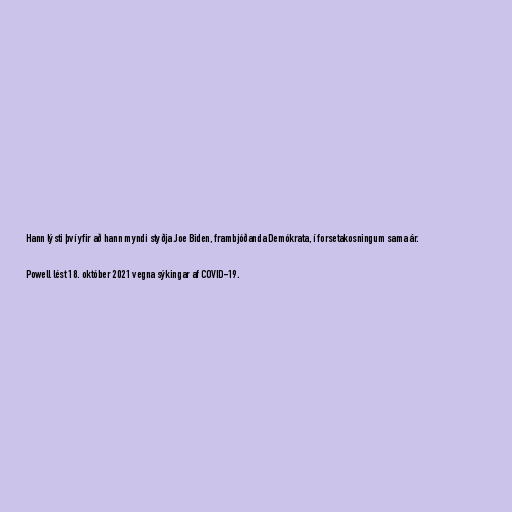
Hann lýsti því yfir að hann myndi styðja Joe Biden, frambjóðanda Demókrata, í forsetakosningum sama ár.

Powell lést 18. október 2021 vegna sýkingar af COVID-19.